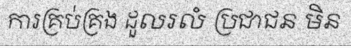
ការគ្រប់គ្រង ដួលរលំ ប្រជាជន មិន